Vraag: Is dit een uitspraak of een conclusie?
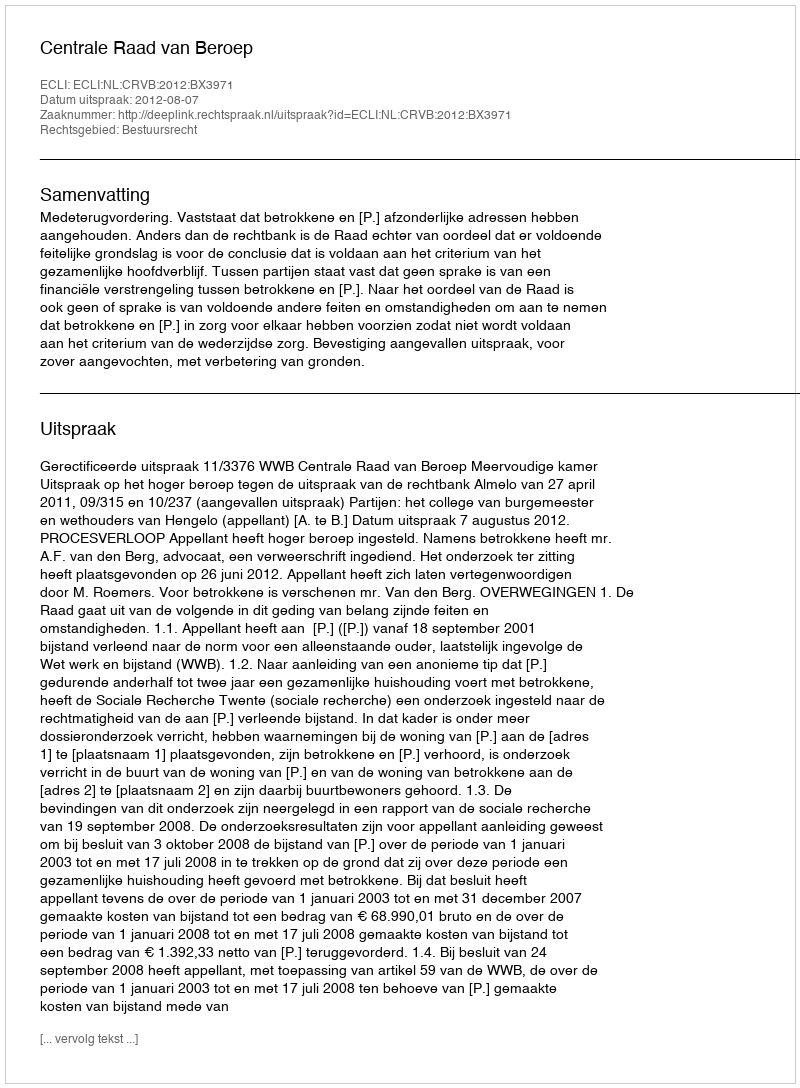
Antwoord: Uitspraak